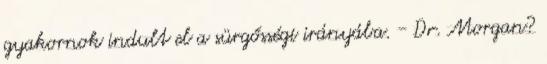
gyakornok indult el a sürgősségi irányába. - Dr. Morgan?